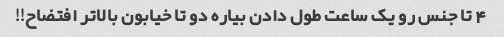
۴ تا جنس رو یک ساعت طول دادن بیاره دو تا خیابون بالاتر افتضاح!!